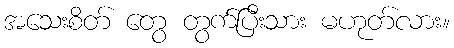
အသေးစိတ် တွေ တွက်ပြီးသား မဟုတ်လား။